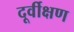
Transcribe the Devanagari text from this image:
दूर्वीक्षण